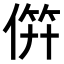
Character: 𬿉